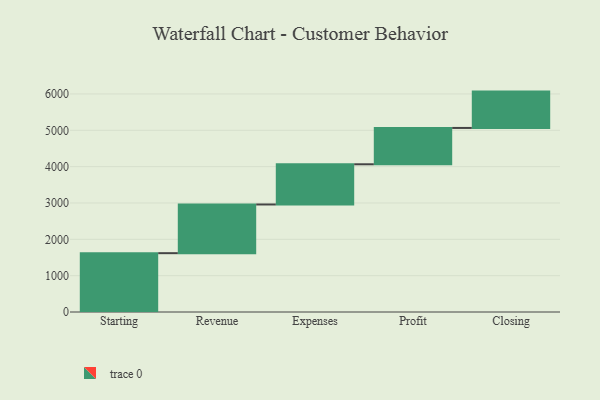
{"axis": {"x": "Step", "y": "Value"}, "legend": [""], "data": [{"x": "Starting", "y": 1619.0, "type": ""}, {"x": "Revenue", "y": 1340.0, "type": ""}, {"x": "Expenses", "y": 1106.0, "type": ""}, {"x": "Profit", "y": 1000, "type": ""}, {"x": "Closing", "y": 1000, "type": ""}]}